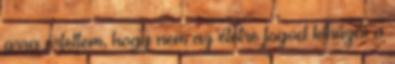
arra értettem, hogy nem az életre fogod kihúzni a